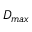
D _ { m a x }